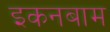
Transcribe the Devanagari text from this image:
इकनबाम